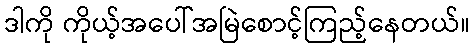
ဒါကို ကိုယ့်အပေါ်အမြဲစောင့်ကြည့်နေတယ်။